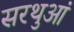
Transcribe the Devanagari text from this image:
सरथुआं